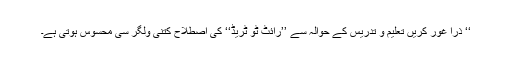
‘‘ ذرا غور کریں تعلیم و تدریس کے حوالہ سے ’’رائٹ ٹو ٹریڈ‘‘ کی اصطلاح کتنی ولگر سی محسوس ہوتی ہے۔